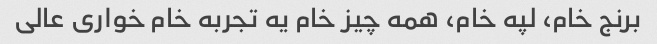
برنج خام، لپه خام، همه چیز خام یه تجربه خام خواری عالی